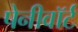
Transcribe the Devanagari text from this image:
पेनीवॉर्ट